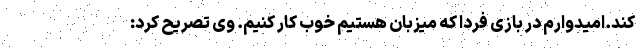
کند.امیدوارم در بازی فردا که میزبان هستیم خوب کار کنیم. وی تصریح کرد: